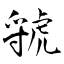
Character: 虢